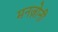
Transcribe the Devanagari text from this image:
मनज़ोनी